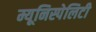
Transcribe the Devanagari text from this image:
म्यूनिस्पेलिटी